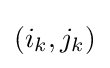
(i_{k},j_{k})